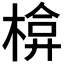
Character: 𭫃